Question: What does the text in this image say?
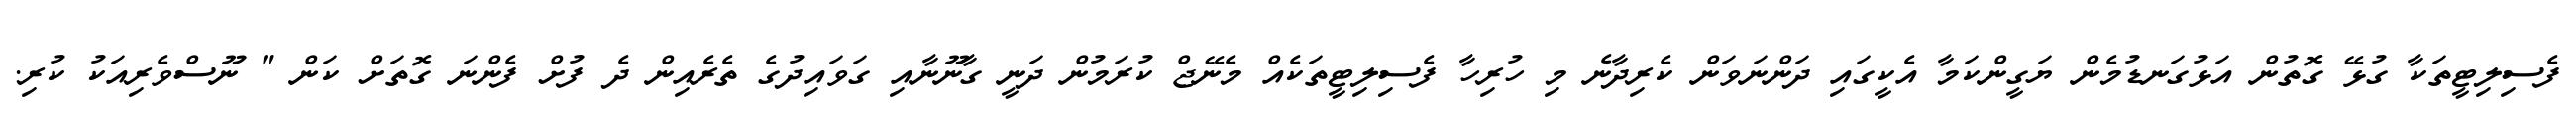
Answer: ފެސިލިޓީތަކާ ގުޅޭ ގޮތުން އަޅުގަނޑުމެން ޔަގީންކަމާ އެކީގައި ދަންނަވަން ކެރިދާނެ މި ހުރިހާ ފެސިލިޓީތަކެއް މެނޭޖް ކުރަމުން ދަނީ ގާނޫނާއި ގަވައިދުގެ ތެރެއިން ދެ ފުށް ފެންނަ ގޮތަށް ކަން " ނޫސްވެރިއަކު ކުރި.